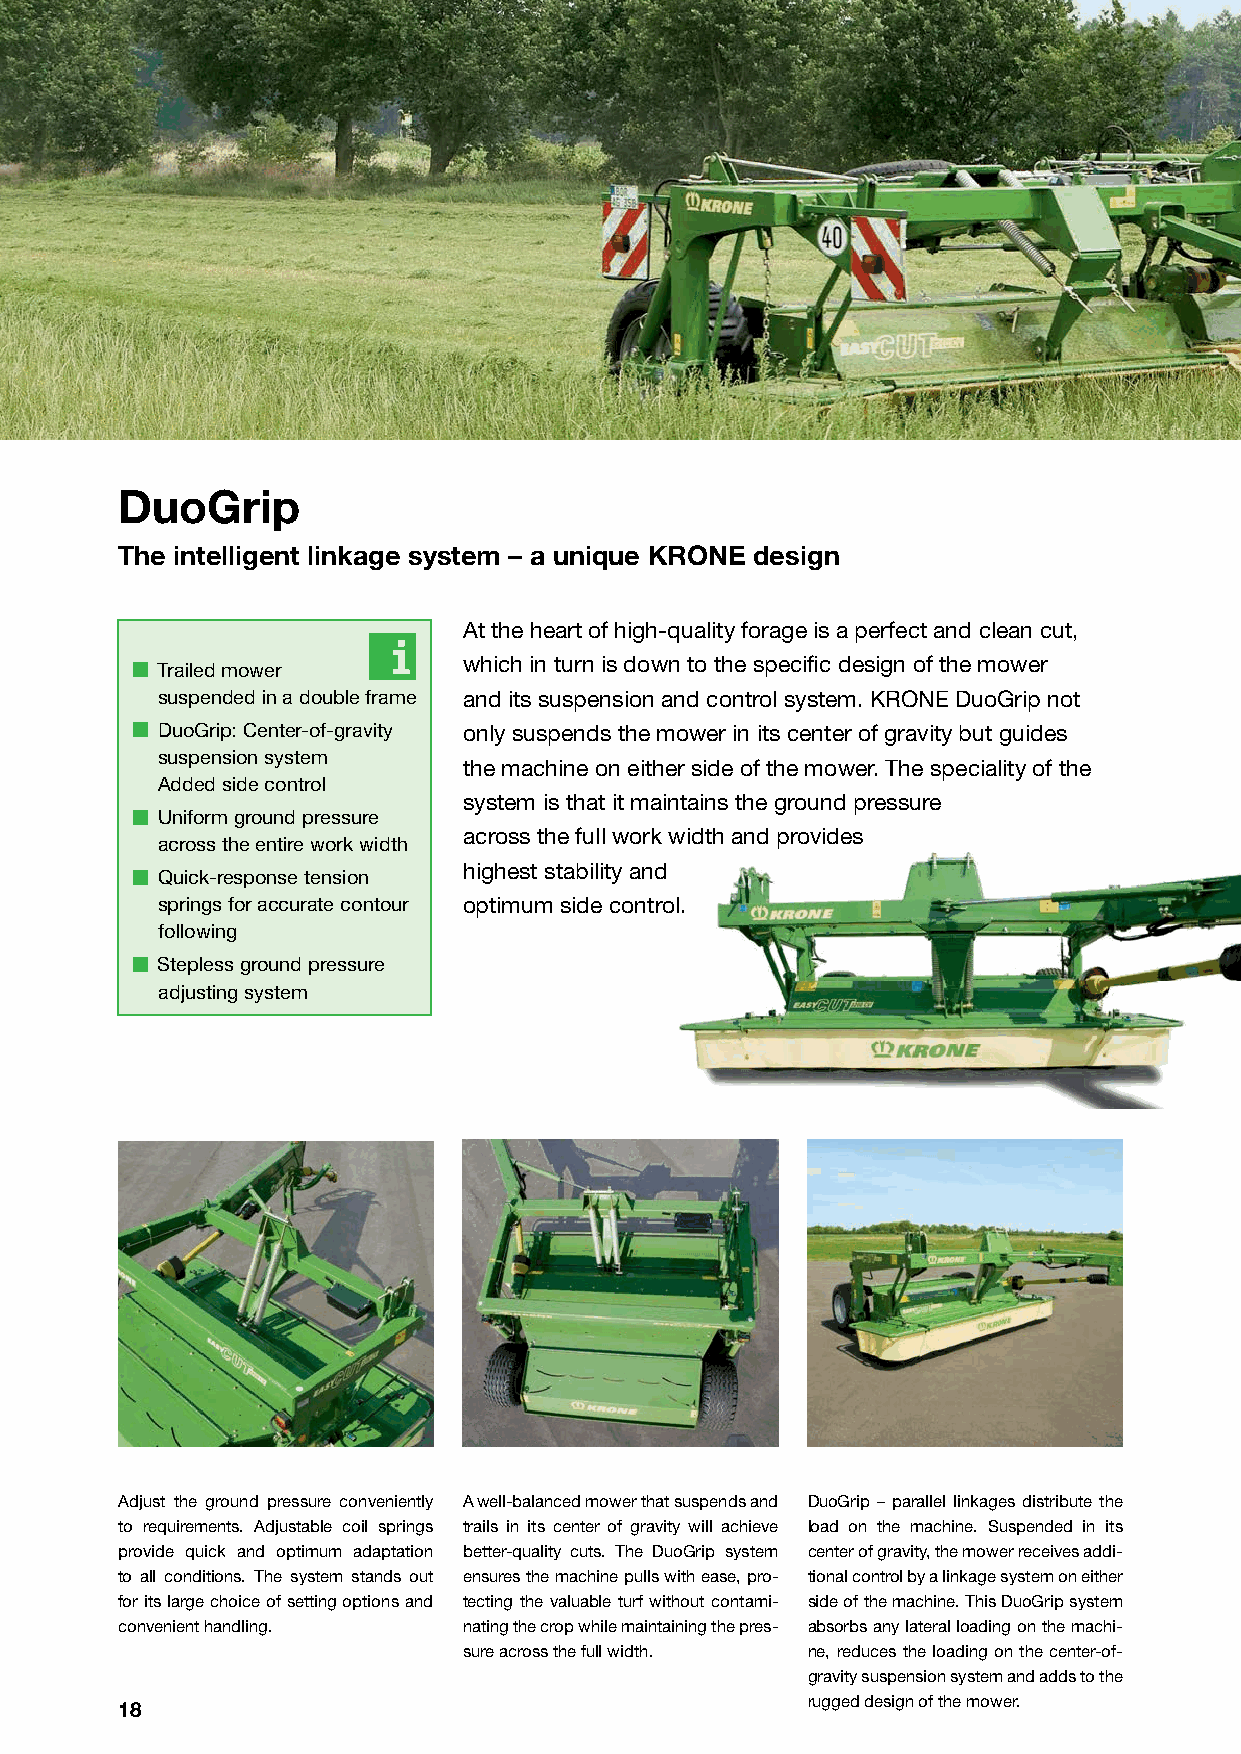
DuoGrip
 The intelligent linkage system – a unique KRONE design
 At the heart of high-quality forage is a perfect and clean cut,
 which in turn is down to the specifi c design of the mower
 Trailed mower
 suspended in a double frame and its suspension and control system. KRONE DuoGrip not
 DuoGrip: Center-of-gravity only suspends the mower in its center of gravity but guides
 suspension system
 the machine on either side of the mower. The speciality of the
 Added side control
 system is that it maintains the ground pressure
 Uniform ground pressure
 across the full work width and provides
 across the entire work width
 highest stability and
 Quick-response tension
 springs for accurate contour optimum side control.
 following
 Stepless ground pressure
 adjusting system
 Adjust the ground pressure conveniently A well-balanced mower that suspends and DuoGrip – parallel linkages distribute the
 to requirements. Adjustable coil springs trails in its center of gravity will achieve load on the machine. Suspended in its
 provide quick and optimum adaptation better-quality cuts. The DuoGrip system center of gravity, the mower receives addi-
 to all conditions. The system stands out ensures the machine pulls with ease, pro- tional control by a linkage system on either
 for its large choice of setting options and tecting the valuable turf without contami- side of the machine. This DuoGrip system
 convenient handling.   nating the crop while maintaining the pres- absorbs any lateral loading on the machi-
 sure across the full width. ne, reduces the loading on the center-of-
 gravity suspension system and adds to the
 rugged design of the mower.
 18